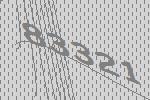
83321